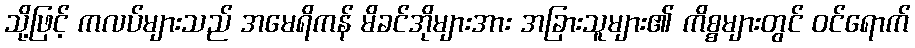
သို့ဖြင့် ကလပ်များသည် အမေရိကန် မိခင်အိုများအား အခြားသူများ၏ ကိစ္စများတွင် ဝင်ရောက်